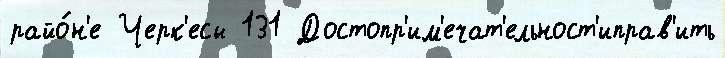
райо́н'е Черк'есы 131 Достопр'им'ечат'ельност'иправ'ить